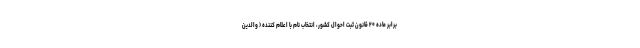
برابر ماده ۲۰ قانون ثبت احوال کشور، انتخاب نام با اعلام کننده ( والدین